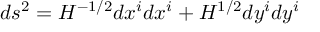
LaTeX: d s ^ { 2 } = H ^ { - 1 / 2 } d x ^ { i } d x ^ { i } + H ^ { 1 / 2 } d y ^ { i } d y ^ { i }